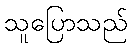
သူပြောသည်